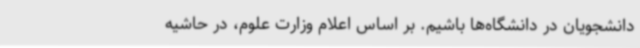
دانشجویان در دانشگاه‌ها باشیم. بر اساس اعلام وزارت علوم، در حاشیه